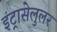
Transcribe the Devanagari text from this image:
इंट्रासेलुलर